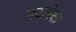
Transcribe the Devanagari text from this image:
पटापेक्षा